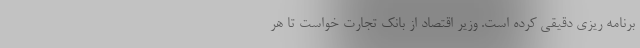
برنامه ریزی دقیقی کرده است. وزیر اقتصاد از بانک تجارت خواست تا هر